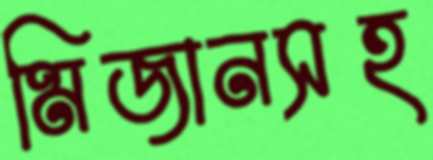
মিজানসহ